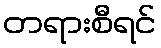
တရားစီရင်